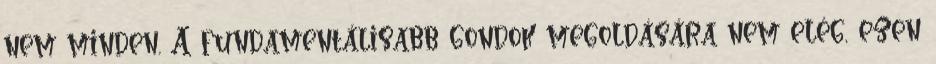
nem minden. A fundamentálisabb gondok megoldására nem elég, ezen